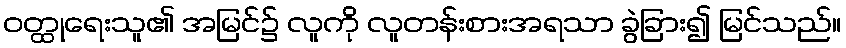
ဝတ္ထုရေးသူ၏ အမြင်၌ လူကို လူတန်းစားအရသာ ခွဲခြား၍ မြင်သည်။